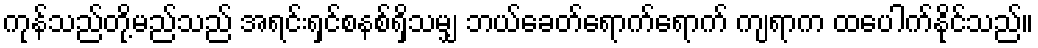
ကုန်သည်တို့မည်သည် အရင်းရှင်စနစ်ရှိသမျှ ဘယ်ခေတ်ရောက်ရောက် ကျရာက ထပေါက်နိုင်သည်။